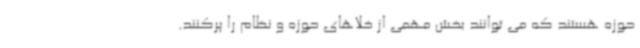
حوزه هستند که می توانند بخش مهمی از خلاهای حوزه و نظام را پرکنند.